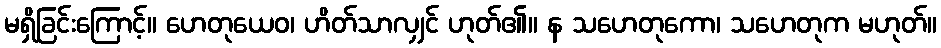
မရှိခြင်းကြောင့်။ ဟေတုယေဝ၊ ဟိတ်သာလျှင် ဟုတ်၏။ န သဟေတုကော၊ သဟေတုက မဟုတ်။